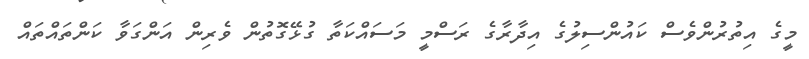
މީގެ އިތުރުންވެސް ކައުންސިލުގެ އިދާރާގެ ރަސްމީ މަސައްކަތާ ގުޅޭގޮތުން ވެރިން އަންގަވާ ކަންތައްތައް